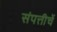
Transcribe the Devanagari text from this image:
संपत्तीचें